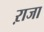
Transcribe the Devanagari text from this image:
ऱाजा